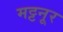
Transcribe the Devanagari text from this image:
मट्टनूर